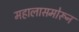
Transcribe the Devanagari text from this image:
महालासमोरून